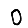
Digit: 0